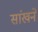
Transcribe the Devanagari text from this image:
सांखने